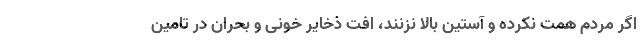
اگر مردم همت نکرده و آستین بالا نزنند، افت ذخایر خونی و بحران در تامین